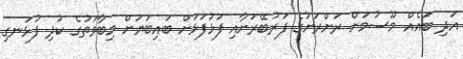
އަދި ބައެއް މޫސުމަށް ރަށްރަށުގެ ފަރުބޭރަށާއި ފަޅުފަޅަށް ބައިބަޔަށް މިބާވަތުގެ ކުދި ފުޅަނގި